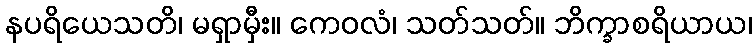
နပရိယေသတိ၊ မရှာမှီး။ ကေဝလံ၊ သတ်သတ်။ ဘိက္ခာစရိယာယ၊